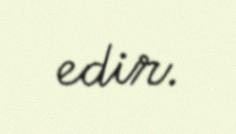
edir.